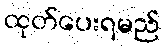
ထုတ်ပေးရမည်